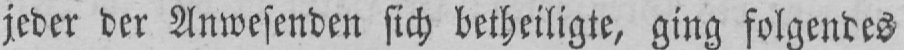
jeder der Anwesenden sich betheiligte, ging folgendes